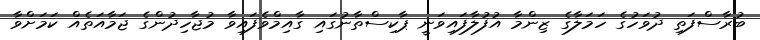
ބުރާސްފަތި ދުވަހުގެ ހަމަލާގެ ޒިންމާ އުފުލާފައިވަނީ ޕާކިސްތާނުގައި ގާއިމްވެފައިވާ މުޖާހިދުންގެ ޖަމާއަތެއް ކަމަށްވާ